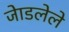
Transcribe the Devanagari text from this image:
जेाडलेले